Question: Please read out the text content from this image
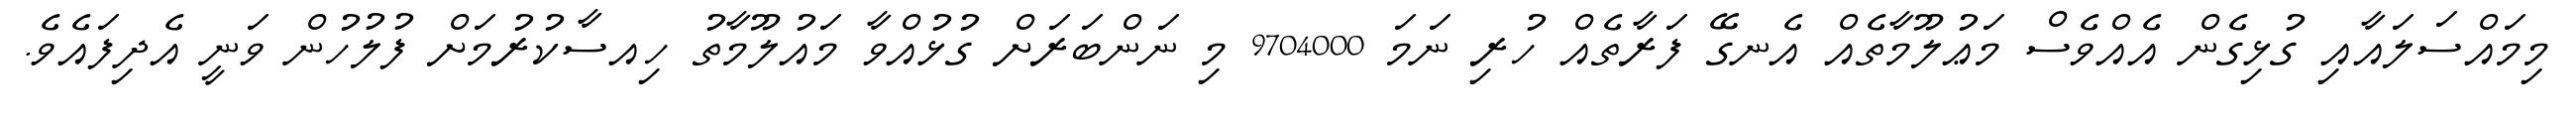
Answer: މިމައްސަލައާއި ގުޅިގެން އެއްވެސް މަޢުލޫމާތެއް އެނގޭ ފަރާތެއް ހުރި ނަމަ 9704000 މި ނަންބަރަށް ގުޅުއްވާ މައުލޫމާތު ހިއސާކުރުމަށް ފުލުހުން ވަނީ އެދިފައެވެ.